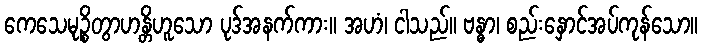
ကေသေမုဉ္စိတွာဟန္တိဟူသော ပုဒ်အနက်ကား။ အဟံ၊ ငါသည်။ ဗန္ဓာ၊ စည်းနှောင်အပ်ကုန်သော။